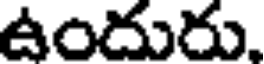
ఉందురు,